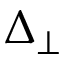
\Delta _ { \perp }